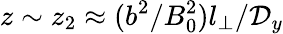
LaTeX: z\sim z_{2}\approx(b^{2}/B_{0}^{2})l_{\perp}/\mathcal{D}_{y}